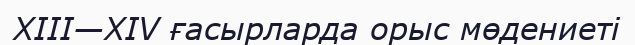
XIII—XIV ғасырларда орыс мөдениеті